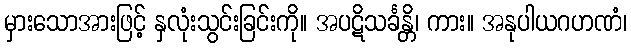
မှားသောအားဖြင့် နှလုံးသွင်းခြင်းကို။ အပဋိသင်္ခန္တိ၊ ကား။ အနုပါယဂဟဏံ၊